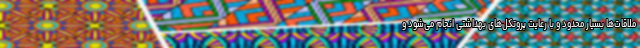
ملاقات‌ها بسیار محدود و با رعایت پروتکل‌های بهداشتی انجام می‌شود و